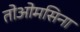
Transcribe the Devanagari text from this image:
तोओमसिना